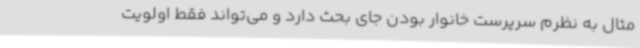
مثال به نظرم سرپرست خانوار بودن جای بحث دارد و می‌تواند فقط اولویت